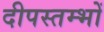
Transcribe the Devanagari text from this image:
दीपस्तम्भों